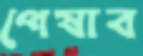
পেষাব